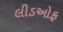
લીડઓફ